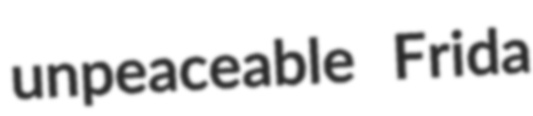
unpeaceable Frida